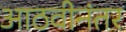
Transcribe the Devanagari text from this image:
आठवीनंतर